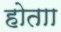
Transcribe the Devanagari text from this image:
होताा